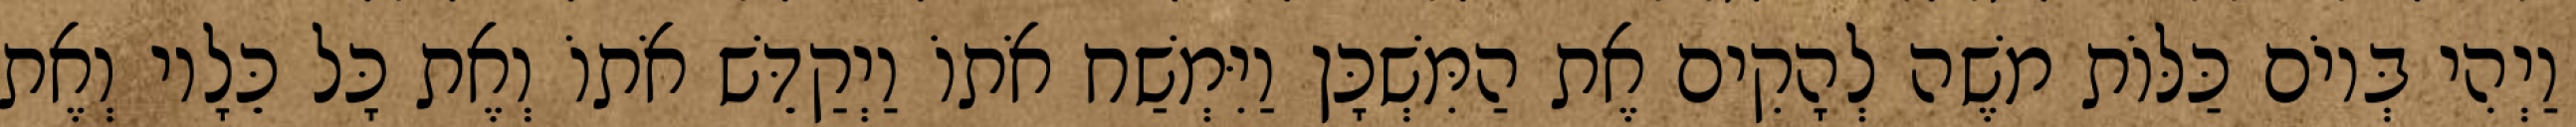
וַיְהִי בְּיוֹם כַּלּוֹת משֶׁה לְהָקִים אֶת הַמִּשְׁכָּן וַיִּמְשַׁח אֹתוֹ וַיְקַדֵּשׁ אֹתוֹ וְאֶת כָּל כֵּלָיו וְאֶת